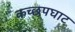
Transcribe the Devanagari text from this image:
कच्छपघाट